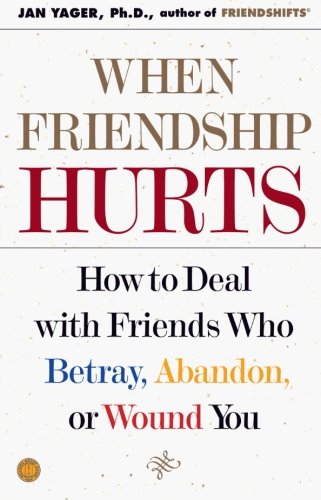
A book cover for When Friendship Hurts: How to Deal with Friends Who Betray, Abandon, or Wound You; Jan Yager Ph.D.; Self-Help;